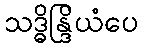
သဒ္ဓိန္ဒြိယံပေ